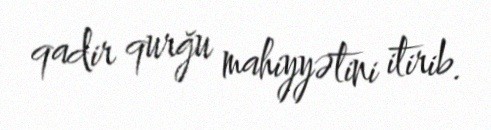
qadir qurğu mahiyyətini itirib.